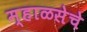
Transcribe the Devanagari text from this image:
म्हाळसेचे